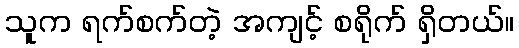
သူက ရက်စက်တဲ့ အကျင့် စရိုက် ရှိတယ်။